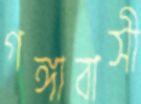
গঙ্গাবাসী